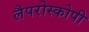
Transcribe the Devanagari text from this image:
लैपरोस्कोपी